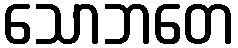
သောဘတေ